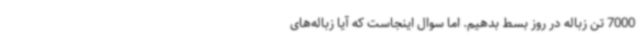
7000 تن زباله در روز بسط بدهیم. اما سوال اینجاست که آیا زباله‌های